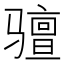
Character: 𫘰